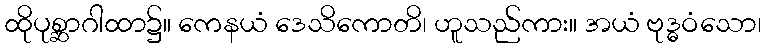
ထိုပုစ္ဆာဂါထာ၌။ ကေနယံ ဒေသိကောတိ၊ ဟူသည်ကား။ အယံ ဗုဒ္ဓဝံသော၊